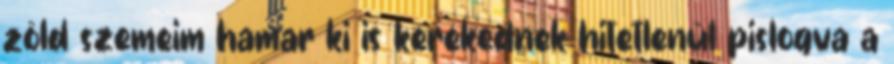
zöld szemeim hamar ki is kerekednek hitetlenül pislogva a